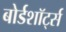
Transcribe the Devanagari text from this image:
बोर्डशॉर्ट्स